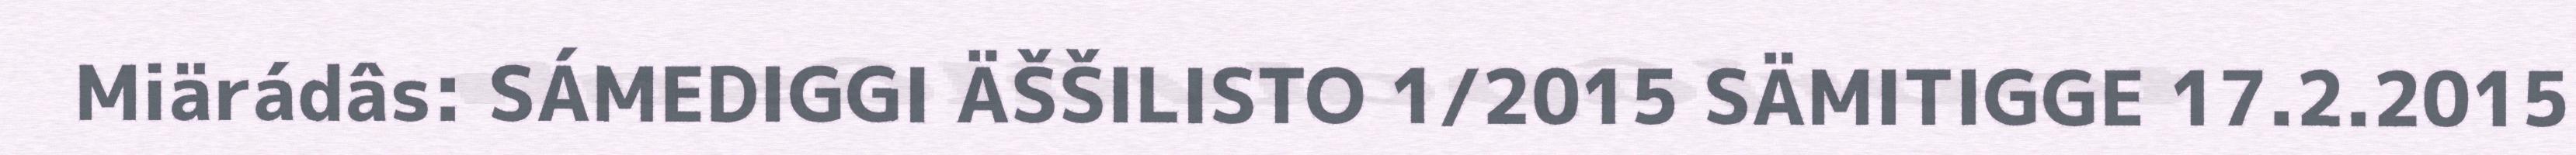
Miärádâs: SÁMEDIGGI ÄŠŠILISTO 1/2015 SÄMITIGGE 17.2.2015